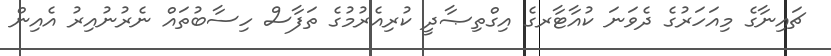
ޗައިނާގެ މިއަހަރުގެ ދެވަނަ ކުއާޓާރގެ އިގްތިޞާދީ ކުރިއެރުމުގެ ތަފާސް ހިސާބުތައް ނެރުނުއިރު އެއިން